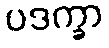
ပဒက္ခာ